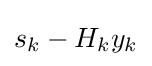
s_{k}-H_{k}y_{k}